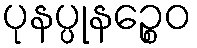
ပုနပ္ပုနဉ္စေဝ